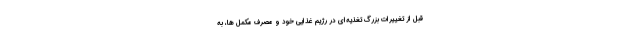
قبل از تغییرات بزرگ تغذیه‌ای در رژیم غذایی خود و مصرف مکمل ها، به